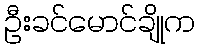
ဦးခင်မောင်ချိုက